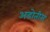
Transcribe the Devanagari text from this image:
अडोतीस